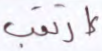
إرتقب